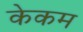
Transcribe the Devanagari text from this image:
केकम